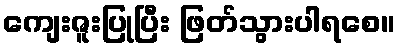
ကျေးဇူးပြုပြီး ဖြတ်သွားပါရစေ။